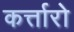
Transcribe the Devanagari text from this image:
कर्त्तारो